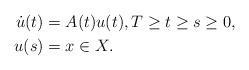
LaTeX: \begin{align*}\dot{u}(t) &= A(t)u(t),T\geq t\geq s\geq0,\\u(s) &= x\in X.\end{align*}